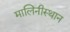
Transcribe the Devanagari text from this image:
मालिनीस्थान